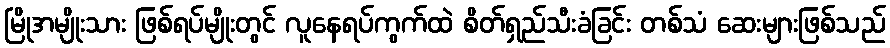
မြိုအမျိုးသား ဖြစ်ရပ်မျိုးတွင် လူနေရပ်ကွက်ထဲ စိတ်ရှည်သီးခံခြင်း တစ်သံ ဆေးများဖြစ်သည်